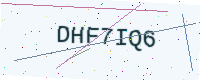
Text: DHF7IQ6